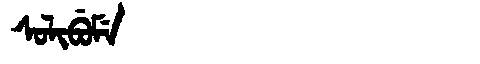
Manchu: ᠰᠣᠯᡳᠪᡠᠮᡝ
Romanization: SOLIBUME